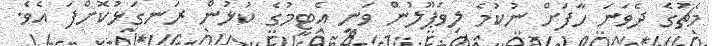
މެޗުގެ ދެވަނަ ހާފަށް ނުކުމެ ލިވަޕޫލުން ވަނީ އެޓީމުގެ ކުޅުން ރަނގަޅުކޮށްފަ އެވެ.